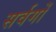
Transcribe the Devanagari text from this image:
सर्वगों